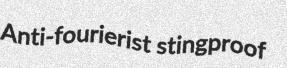
Anti-fourierist stingproof